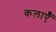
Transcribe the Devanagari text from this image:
कलाऍँ